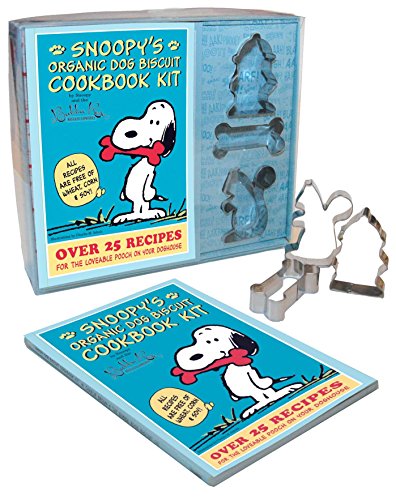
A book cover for Snoopy's Organic Dog Biscuit Kit: Over 25 Recipes for the Loveable Pooch on Your Doghouse; Cookbooks, Food & Wine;